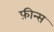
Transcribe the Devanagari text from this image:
फ़ीन्स